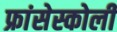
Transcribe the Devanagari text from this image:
फ्रांसेस्कोली